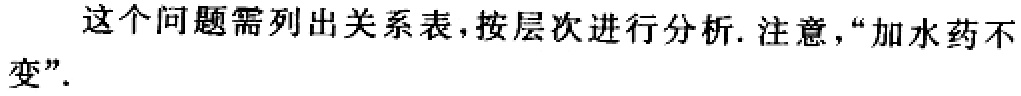
这个问题需列出关系表，按层次进行分析. 注意，“加水药不变”.